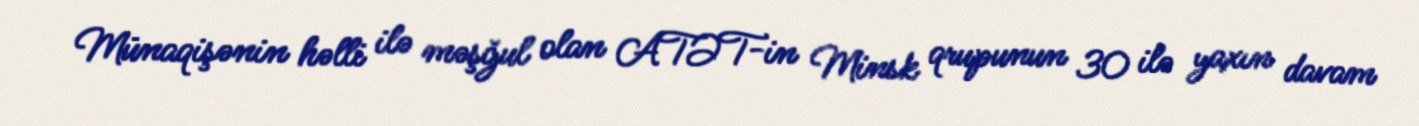
Münaqişənin həlli ilə məşğul olan ATƏT-in Minsk qrupunun 30 ilə yaxın davam